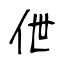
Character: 伳